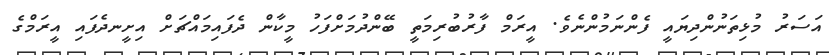
އަސަރު މުޅިތަނުންދިޔައީ ފެންނަމުންނެވެ. އީރަމް ފާރުބުރިމަތީ ބޭންދުމަށްފަހު މީކާން ދެފައިމައްޗަށް އިށީނދެފައި އީރަމްގެ